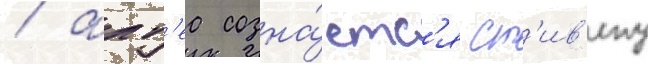
/ алт'еа созна́етс'я ст'ив'ену